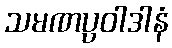
သမဏပ္ပဝါဒါနံ